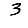
Digit: 3